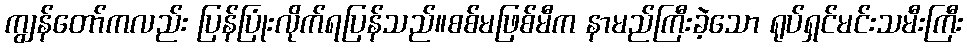
ကျွန်တော်ကလည်း ပြန်ပြုံးလိုက်ရပြန်သည်။စစ်မဖြစ်မီက နာမည်ကြီးခဲ့သော ရုပ်ရှင်မင်းသမီးကြီး